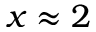
x \approx 2